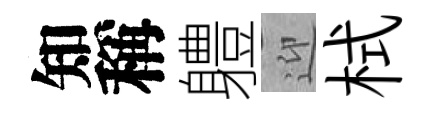
知稱軆迎栻